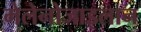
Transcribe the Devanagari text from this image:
मेलेनोजाइलान